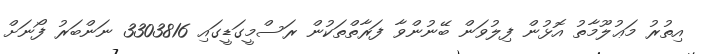
އިތުރު މަޢުލޫމާތު އޮޅުން ފިލުވަން ބޭނުންވާ ފަރާތްތަކުން ރަސްމީގަޑީގައި 3303816 ނަންބަރު ފޯނަށް